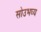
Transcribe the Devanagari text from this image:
सोउभघ्य